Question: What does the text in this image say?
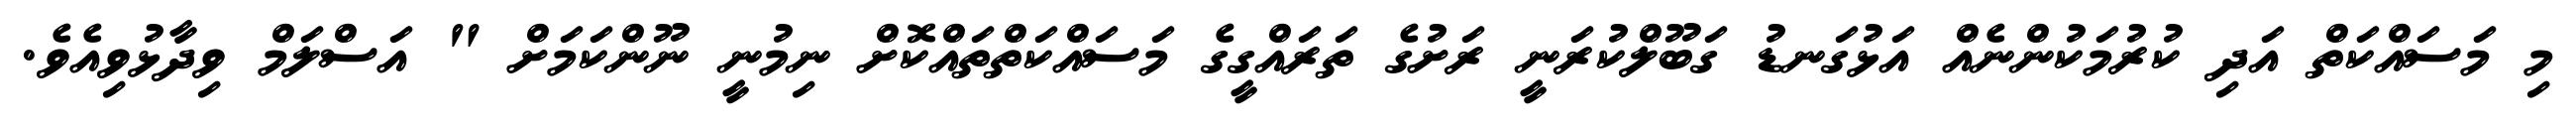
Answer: މި މަސައްކަތް އަދި ކުރުމަކުންނެއް އަޅުގަނޑު ގަބޫލްކުރަނީ ރަށުގެ ތަރައްގީގެ މަސައްކަތްތައްކޮށް ނިމުނީ ނޫންކަމަށް " އަސްލަމް ވިދާޅުވިއެވެ.